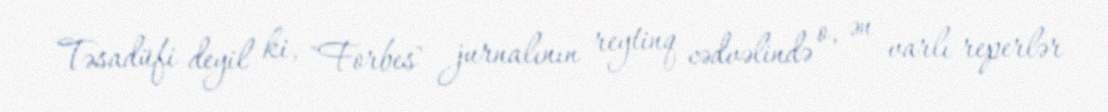
Təsadüfi deyil ki, "Forbes" jurnalının reytinq cədvəlində o, ən varlı reperlər